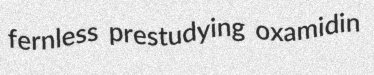
fernless prestudying oxamidin